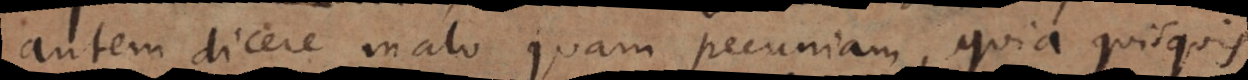
autem dicere malo quam pecuniam, quia quisquis